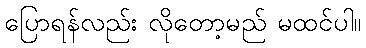
ပြောရန်လည်း လိုတော့မည် မထင်ပါ။